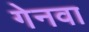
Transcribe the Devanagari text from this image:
गेनवा